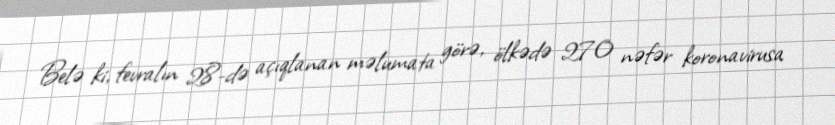
Belə ki, fevralın 28-də açıqlanan məlumata görə, ölkədə 270 nəfər koronavirusa